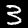
Digit: 3